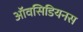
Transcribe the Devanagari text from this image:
ऑवसिडियनस